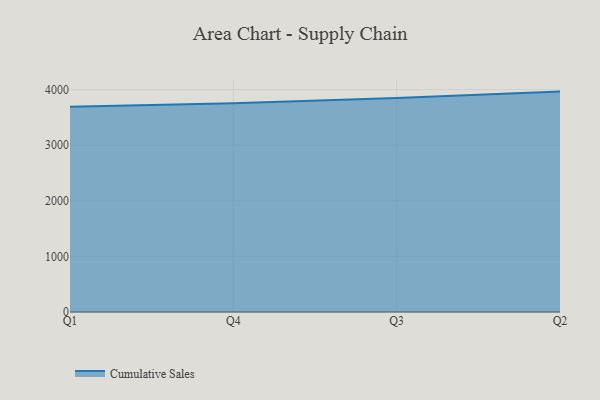
{"axis": {"x": "Quarter", "y": "Net Income (USD K)"}, "legend": ["Cumulative Sales"], "data": [{"x": "Q1", "y": 3689.5, "type": "Cumulative Sales"}, {"x": "Q4", "y": 3753.0, "type": "Cumulative Sales"}, {"x": "Q3", "y": 3850.3, "type": "Cumulative Sales"}, {"x": "Q2", "y": 3963.3, "type": "Cumulative Sales"}]}